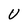
Character: U